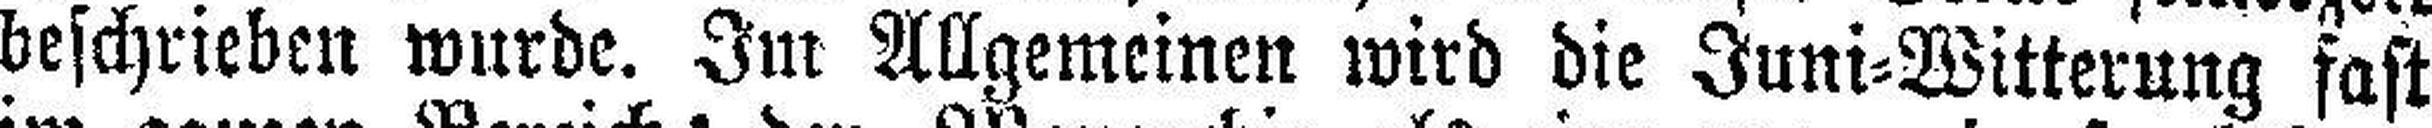
beschrieben wurde. Im Allgemeinen wird die Juni=Witterung fast